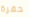
حفرة